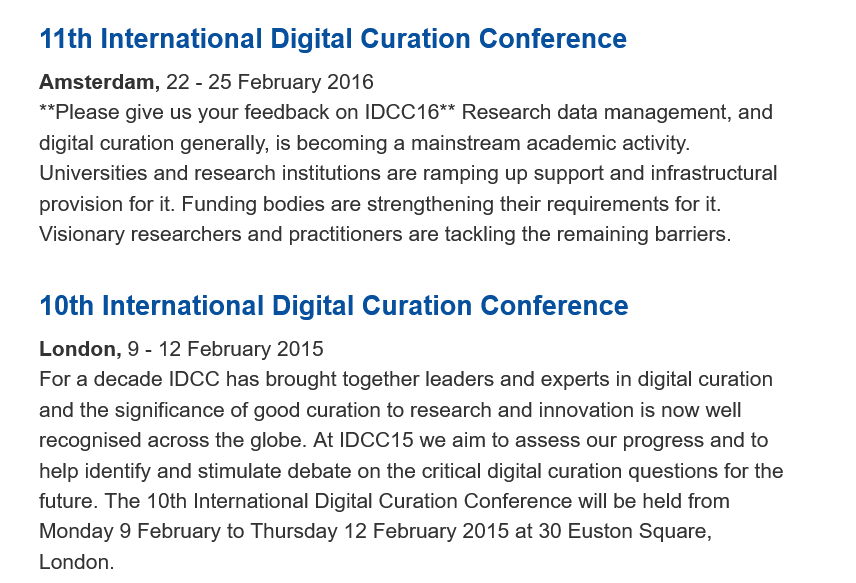
11th  International   Digital  Curation    Conference
     10th  International   Digital  Curation    Conference
     For a decade IDCC has brought together leaders and experts in digital curation
    and the significance of good curation to research and innovation is now well
    recognised across the globe. At IDCC15 we aim to assess our progress and to
    help identify and stimulate debate on the critical digital curation questions for the
    future. The 10th International Digital Curation Conference will be held from
    Monday 9  February to Thursday 12 February 2015 at 30 Euston Square,
    London.
    **Please give us your feedback on IDCC16** Research data management, and
    digital curation generally, is becoming a mainstream academic activity.
     Universities and research institutions are ramping up support and infrastructural
    provision for it. Funding bodies are strengthening their requirements for it.
    Visionary researchers and practitioners are tackling the remaining barriers.
    Amsterdam,  22
     -
     25 February 2016
    London, 9
     -
     12 February 2015